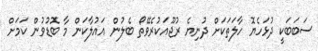
ސަބަބަކީ ދުޅަހެޔޮ ހާލަތަކަށް ދުނިޔެ ރުޖޫއަކުރެވޭތޯ ބެލުން އައުލާކަން މާ ބޮޑުވުން ކަމަށް